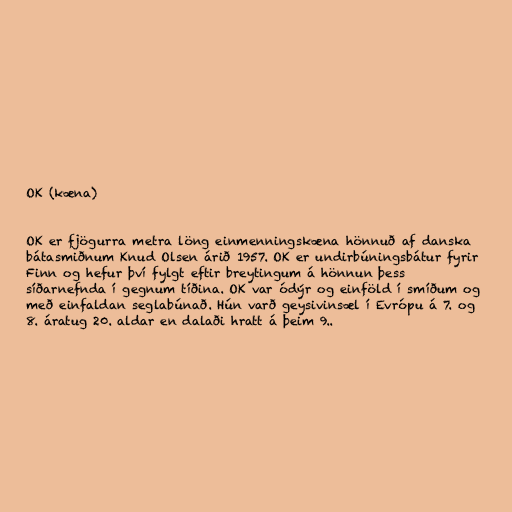
OK (kæna)

OK er fjögurra metra löng einmenningskæna hönnuð af danska
bátasmiðnum Knud Olsen árið 1957. OK er undirbúningsbátur fyrir
Finn og hefur því fylgt eftir breytingum á hönnun þess
síðarnefnda í gegnum tíðina. OK var ódýr og einföld í smíðum og
með einfaldan seglabúnað. Hún varð geysivinsæl í Evrópu á 7. og
8. áratug 20. aldar en dalaði hratt á þeim 9..